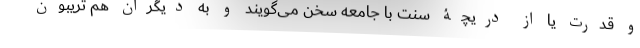
و قدرت یا از دریچۀ سنت با جامعه سخن می‌گویند و به دیگران هم تریبون